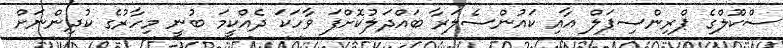
ސްކޫލްގެ ޕްރިންސިޕަލް އާއި ކައުންސެލަރާ ބައްދަލުކޮށްފަ ވާހަކަ ދެއްކީމަ ބުނީ މިހާރުގެ ކުދިންނަށް